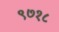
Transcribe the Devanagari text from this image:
९७१८